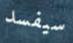
سيفسد